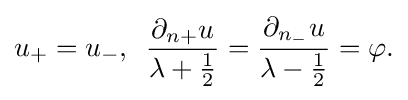
\displaystyle {u_{+}=u_{-},\,\,\,{\partial _{n+}u \over \lambda +{1 \over 2}}={\partial _{n_{-}}u \over \lambda -{1 \over 2}}=\varphi .}